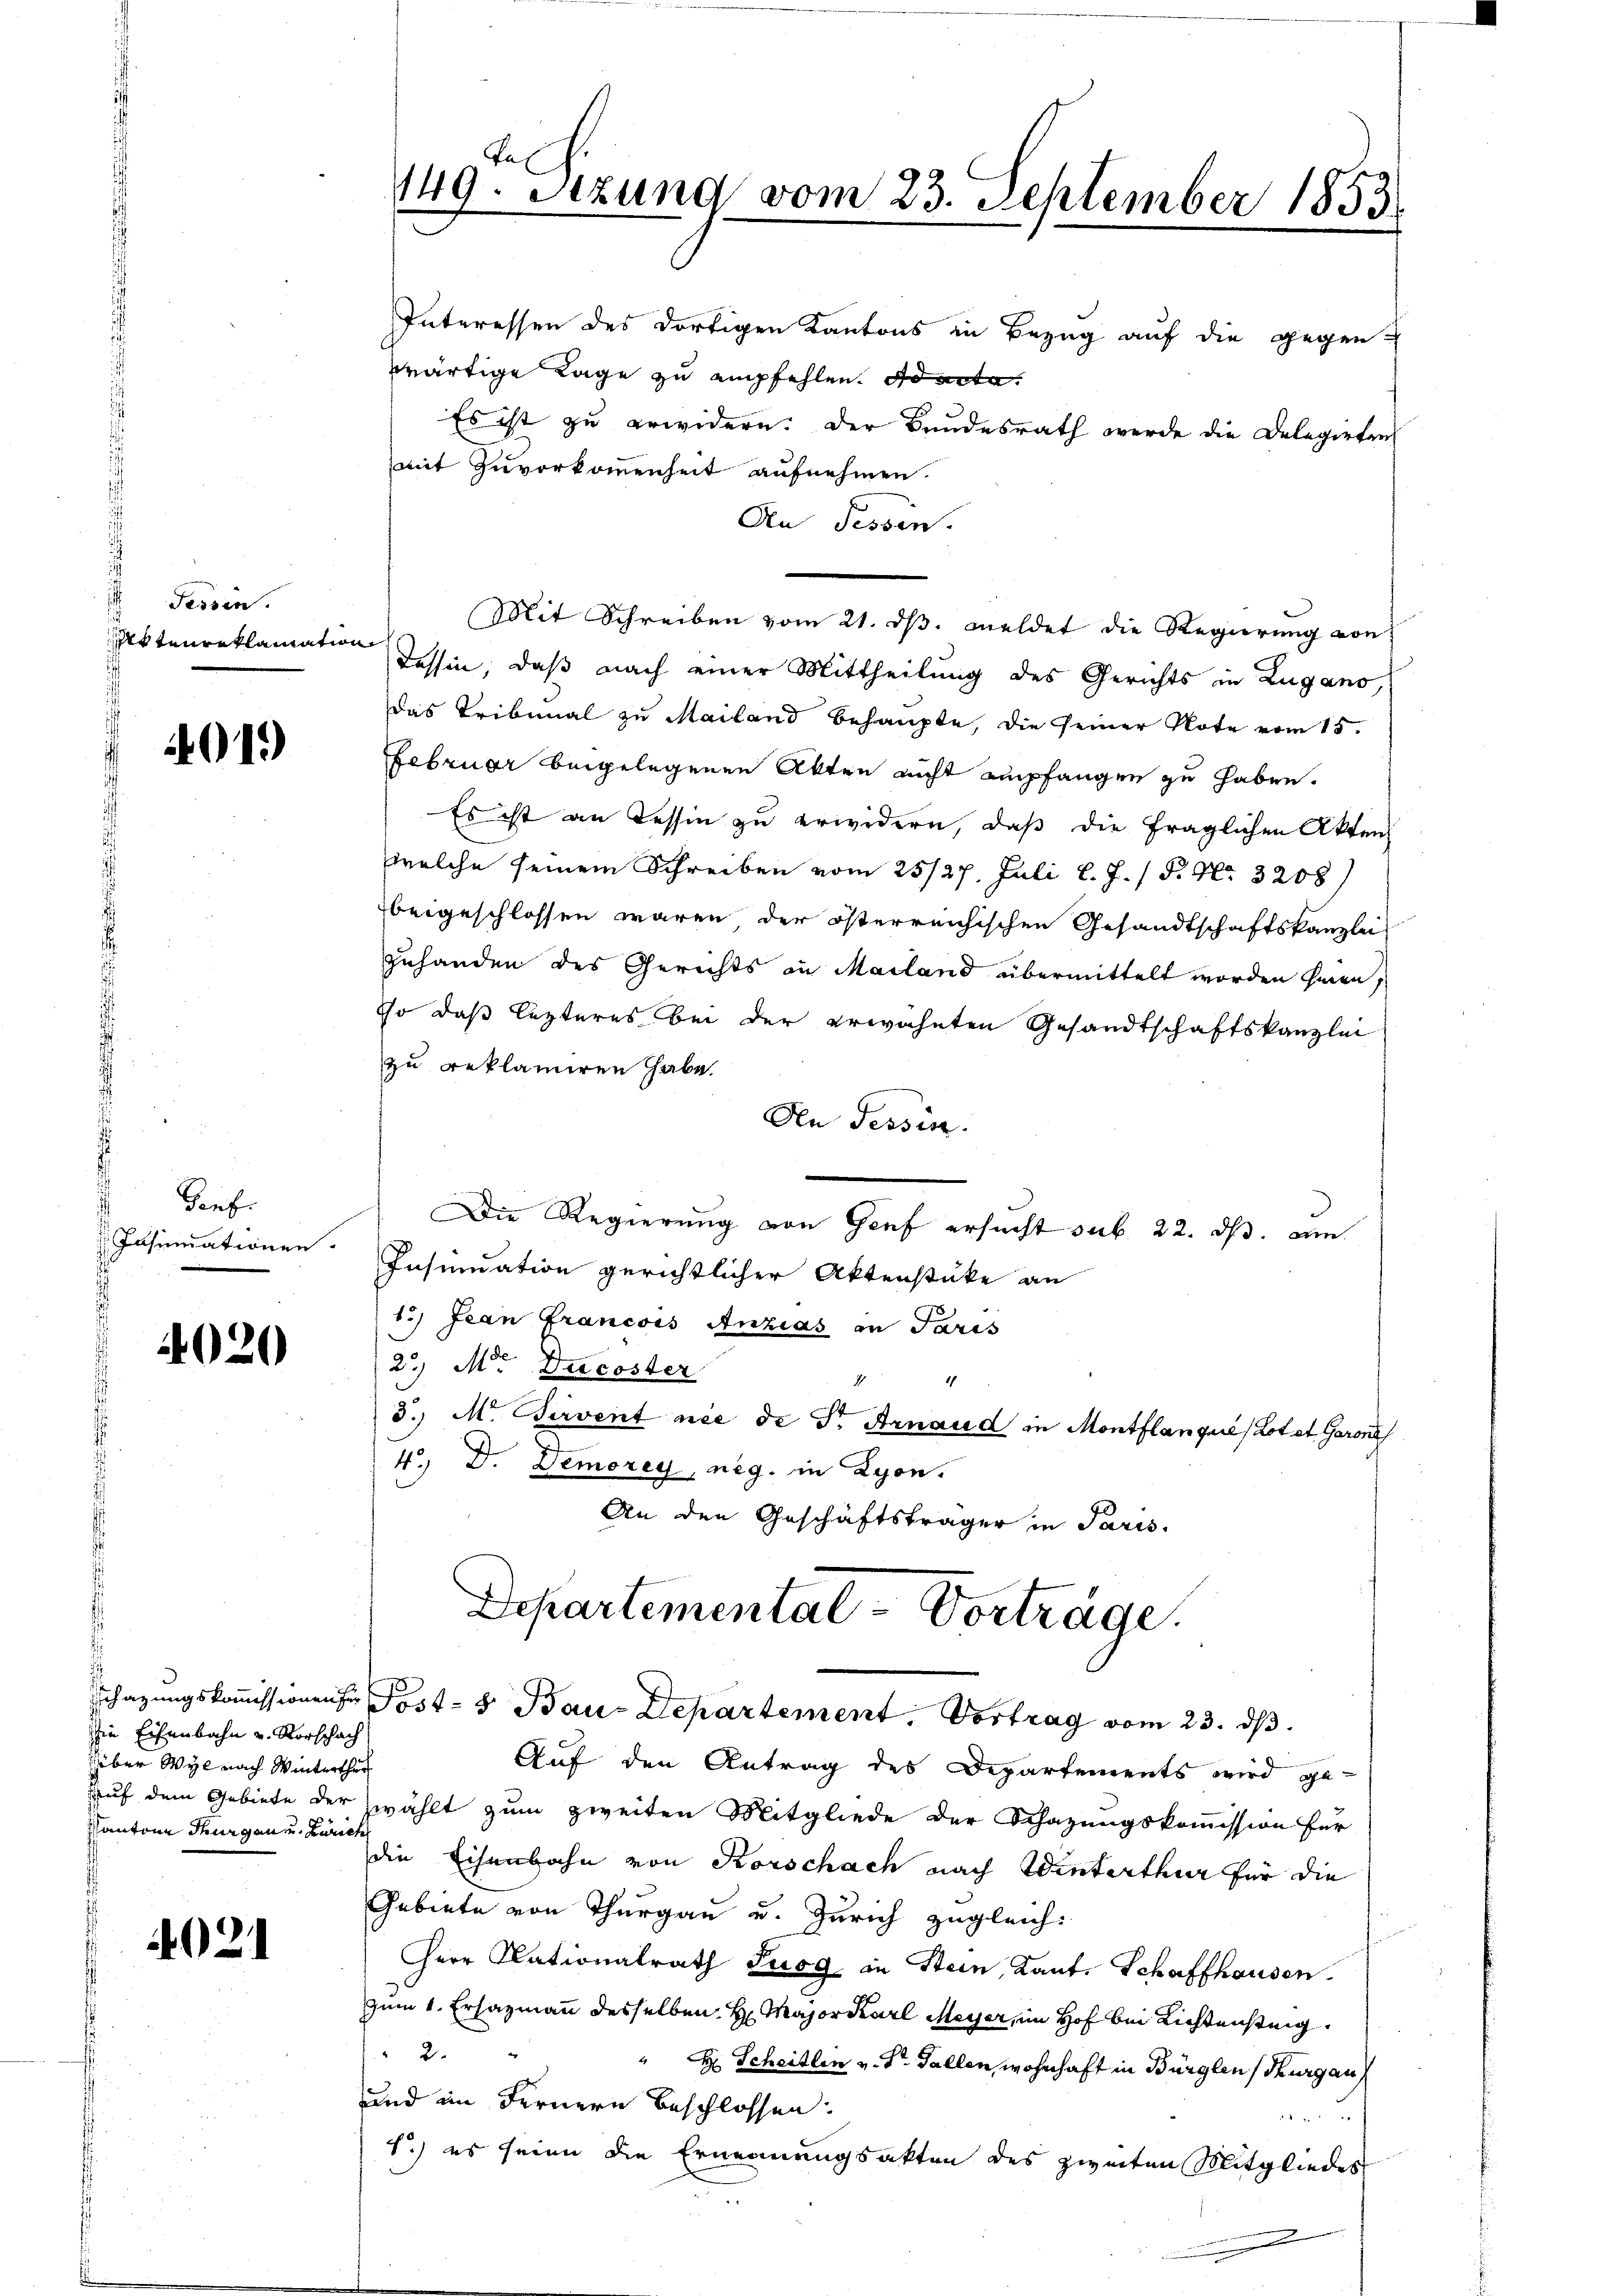
Fessen.
istenreklamatio

4019

i
Teufer
Insinuationen.

4020

ie Eisenbahn u. Vorschach
über Wyl nach Winterthur
antone Thurgau und Zürich

4021

149. Setzung vom 23. September 1853.

Departemental-Vorträge.
sschazungskoṁissionen Post- & Bau-Departement. Vortrag vom 23. ds.

Interessen des dortigen Kantons in Bezug auf die gegen-
wärtige Lage zu empfehlen. ad acta
Es ist zu erwidern. Der Bundesrath werde die Delegirten
mit Zuvorkommenheit aufnehmen.
An Tessin.
Mit Schreiben vom 21. ds. meldet die Regierung von
Tessin, daß nach einer Mittheilung des Gerichts in Zugano,
Das Tribunal zu Mailand behaupte, die seiner Note vom 15.
Februar beigelegenen Akten nicht empfangen zu haben.
Es ist an dessin zu erwidern, daß die fraglichen Akten
welche seinem Schreiben vom 25/27. Juli l. J. / P. Nr. 3208)
beigeschlossen wären der österreichischen Gesandtschaftskanzlei
zuhanden des Gerichts an Mailand übermittelt worden hinen,
so daß lezteres bei der erwähnten Gesandtschaftskanzlei
zu reklamiren habe.
Den Tessin.
Die Regierung von Genf ersucht sub. 22. ds. am
Insinuation gerichtlicher Aktenstüke an
1.) Jean Francois Anzias in Paris
2.) Mit Ducoster
4
3. M. Parvent nie de Dr. Arnaud in Montflanque Lotet Garons
4, D. Demorey, neg. in Lyon.
An den Geschäftsträger in Paris.

Auf den Antrag des Departements wird ge¬
Auf dem Gebiete der zwählt zum zweiten Mitgliede der Schazungskommission für
die Eisenbahn von Korschach nach Winterthur für die
Gebiete von Thurgau u. Zürich zugleich:
Herr Nationalrath Trog in Stein, Kant. Schaffhausen.
zum 1. Erhazmann desselben H. Major Karl Meyer, im Hof bei Richtensteig
2
" H: Scheitlen v. J. Gallen, wohnhaft in Bürglen Thurgau
und im Fernern beschlossen:
n
1.) es seien die Ernennungsakten des zweiten Mitgliedes